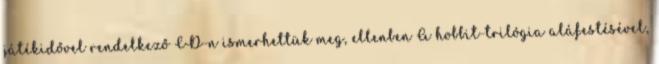
játékidővel rendelkező CD-n ismerhettük meg, ellenben A hobbit-trilógia aláfestésével,